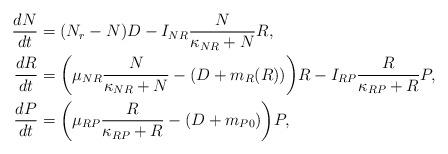
LaTeX: \begin{align*}\frac{dN}{dt}&=(N_r-N)D-I_{NR}\frac{N}{\kappa_{NR}+N}R, \\\frac{dR}{dt}&=\bigg(\mu_{NR}\frac{N}{\kappa_{NR}+N}-(D+m_R(R))\bigg)R-I_{RP}\frac{R}{\kappa_{RP}+R}P, \\\frac{dP}{dt}&=\bigg(\mu_{RP}\frac{R}{\kappa_{RP}+R}-(D+m_{P0})\bigg)P, \end{align*}